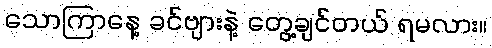
သောကြာနေ့ ခင်ဗျားနဲ့ တွေ့ချင်တယ် ရမလား။